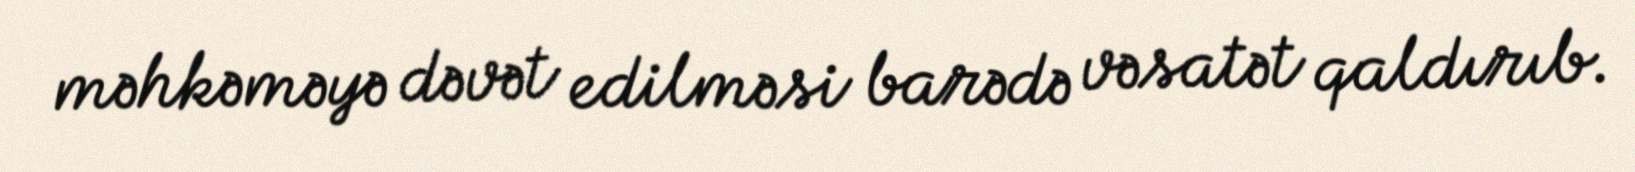
məhkəməyə dəvət edilməsi barədə vəsatət qaldırıb.